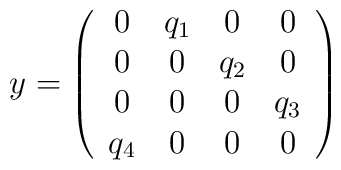
y=\left(\begin{array}{cccc}0   & q_1 & 0   & 0   \\0   & 0   & q_2 & 0   \\0   & 0   & 0   & q_3 \\q_4 & 0   & 0   & 0  \end{array}\right)